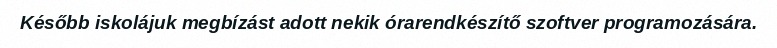
Később iskolájuk megbízást adott nekik órarendkészítő szoftver programozására.